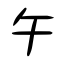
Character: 午